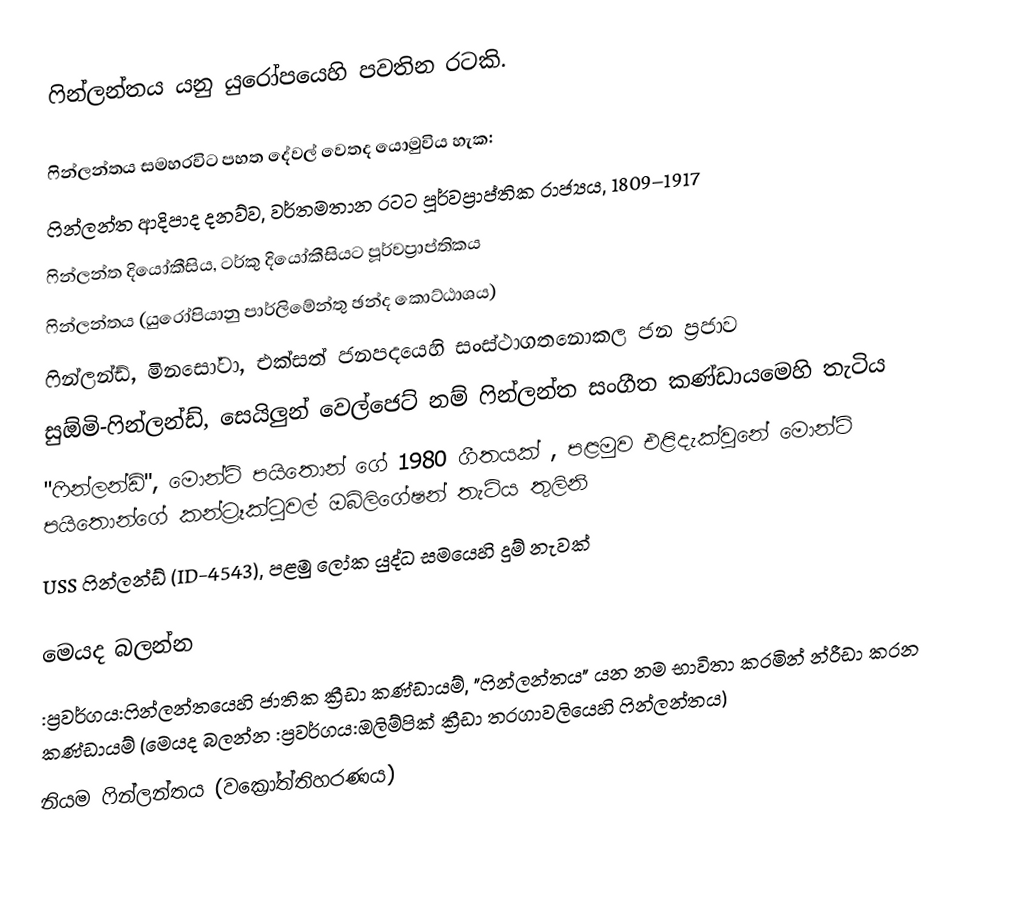
ෆින්ලන්තය යනු යුරෝපයෙහි පවතින රටකි.

ෆින්ලන්තය සමහරවිට පහත දේවල් වෙතද යොමුවිය හැක:
ෆින්ලන්ත ආදිපාද දනව්ව, වර්තමතාන රටට පූර්වප්‍රාප්තික රාජ්‍යය, 1809–1917
ෆින්ලන්ත දියෝකීසිය, ටර්කු දියෝකීසියට පූර්වප්‍රාප්තිකය
ෆින්ලන්තය (යුරෝපියානු පාර්ලිමේන්තු ඡන්ද කොට්ඨාශය)
ෆින්ලන්ඩ්, මිනසෝටා, එක්සත් ජනපදයෙහි සංස්ථාගතනොකල ජන ප්‍රජාව
සුඕමි-ෆින්ලන්ඩ්, සෙයිලුන් වෙල්ජෙට් නම් ෆින්ලන්ත සංගීත කණ්ඩායමෙහි තැටිය
 "ෆින්ලන්ඩ්", මොන්ටි පයිතොන් ගේ 1980 ගීතයක් , පළමුව එළිදැක්වුනේ  මොන්ටි පයිතොන්ගේ කන්ට්‍රෑක්ටුවල් ඔබ්ලිගේෂන් තැටිය තුලිනි
USS ෆින්ලන්ඩ් (ID-4543), පළමු ලෝක යුද්ධ සමයෙහි දුම් නැවක්

මෙයද බලන්න
:ප්‍රවර්ගය:ෆින්ලන්තයෙහි ජාතික ක්‍රීඩා කණ්ඩායම්, "ෆින්ලන්තය" යන නම භාවිතා කරමින් න්‍රීඩා කරන කණ්ඩායම් (මෙයද බලන්න :ප්‍රවර්ගය:ඔලිම්පික් ක්‍රීඩා තරගාවලියෙහි ෆින්ලන්තය)
නියම ෆින්ලන්තය (වක්‍රෝත්තිහරණය)